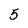
Character: 5